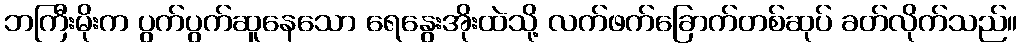
ဘကြီးမိုးက ပွက်ပွက်ဆူနေသော ရေနွေးအိုးထဲသို့ လက်ဖက်ခြောက်တစ်ဆုပ် ခတ်လိုက်သည်။